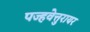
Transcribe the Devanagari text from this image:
पज्हवेत्तुरायर